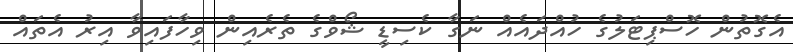
އެގޮތުން ހޮސްޕިޓަލުގެ ހުއްދައެއް ނަގާ ކެސިޑީ ޝޯވްގެ ތެރެއިން ވިހާފައިވާ އިރު އެތައް